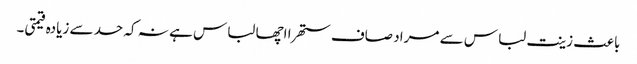
باعث زینت لباس سے مراد صاف ستھرا اچھا لباس ہے نہ کہ حد سے زیادہ قیمتی۔